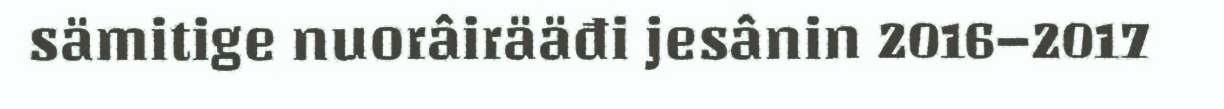
sämitige nuorâirääđi jesânin 2016–2017